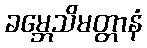
ခမ္ဘေသိမတ္တာနံ